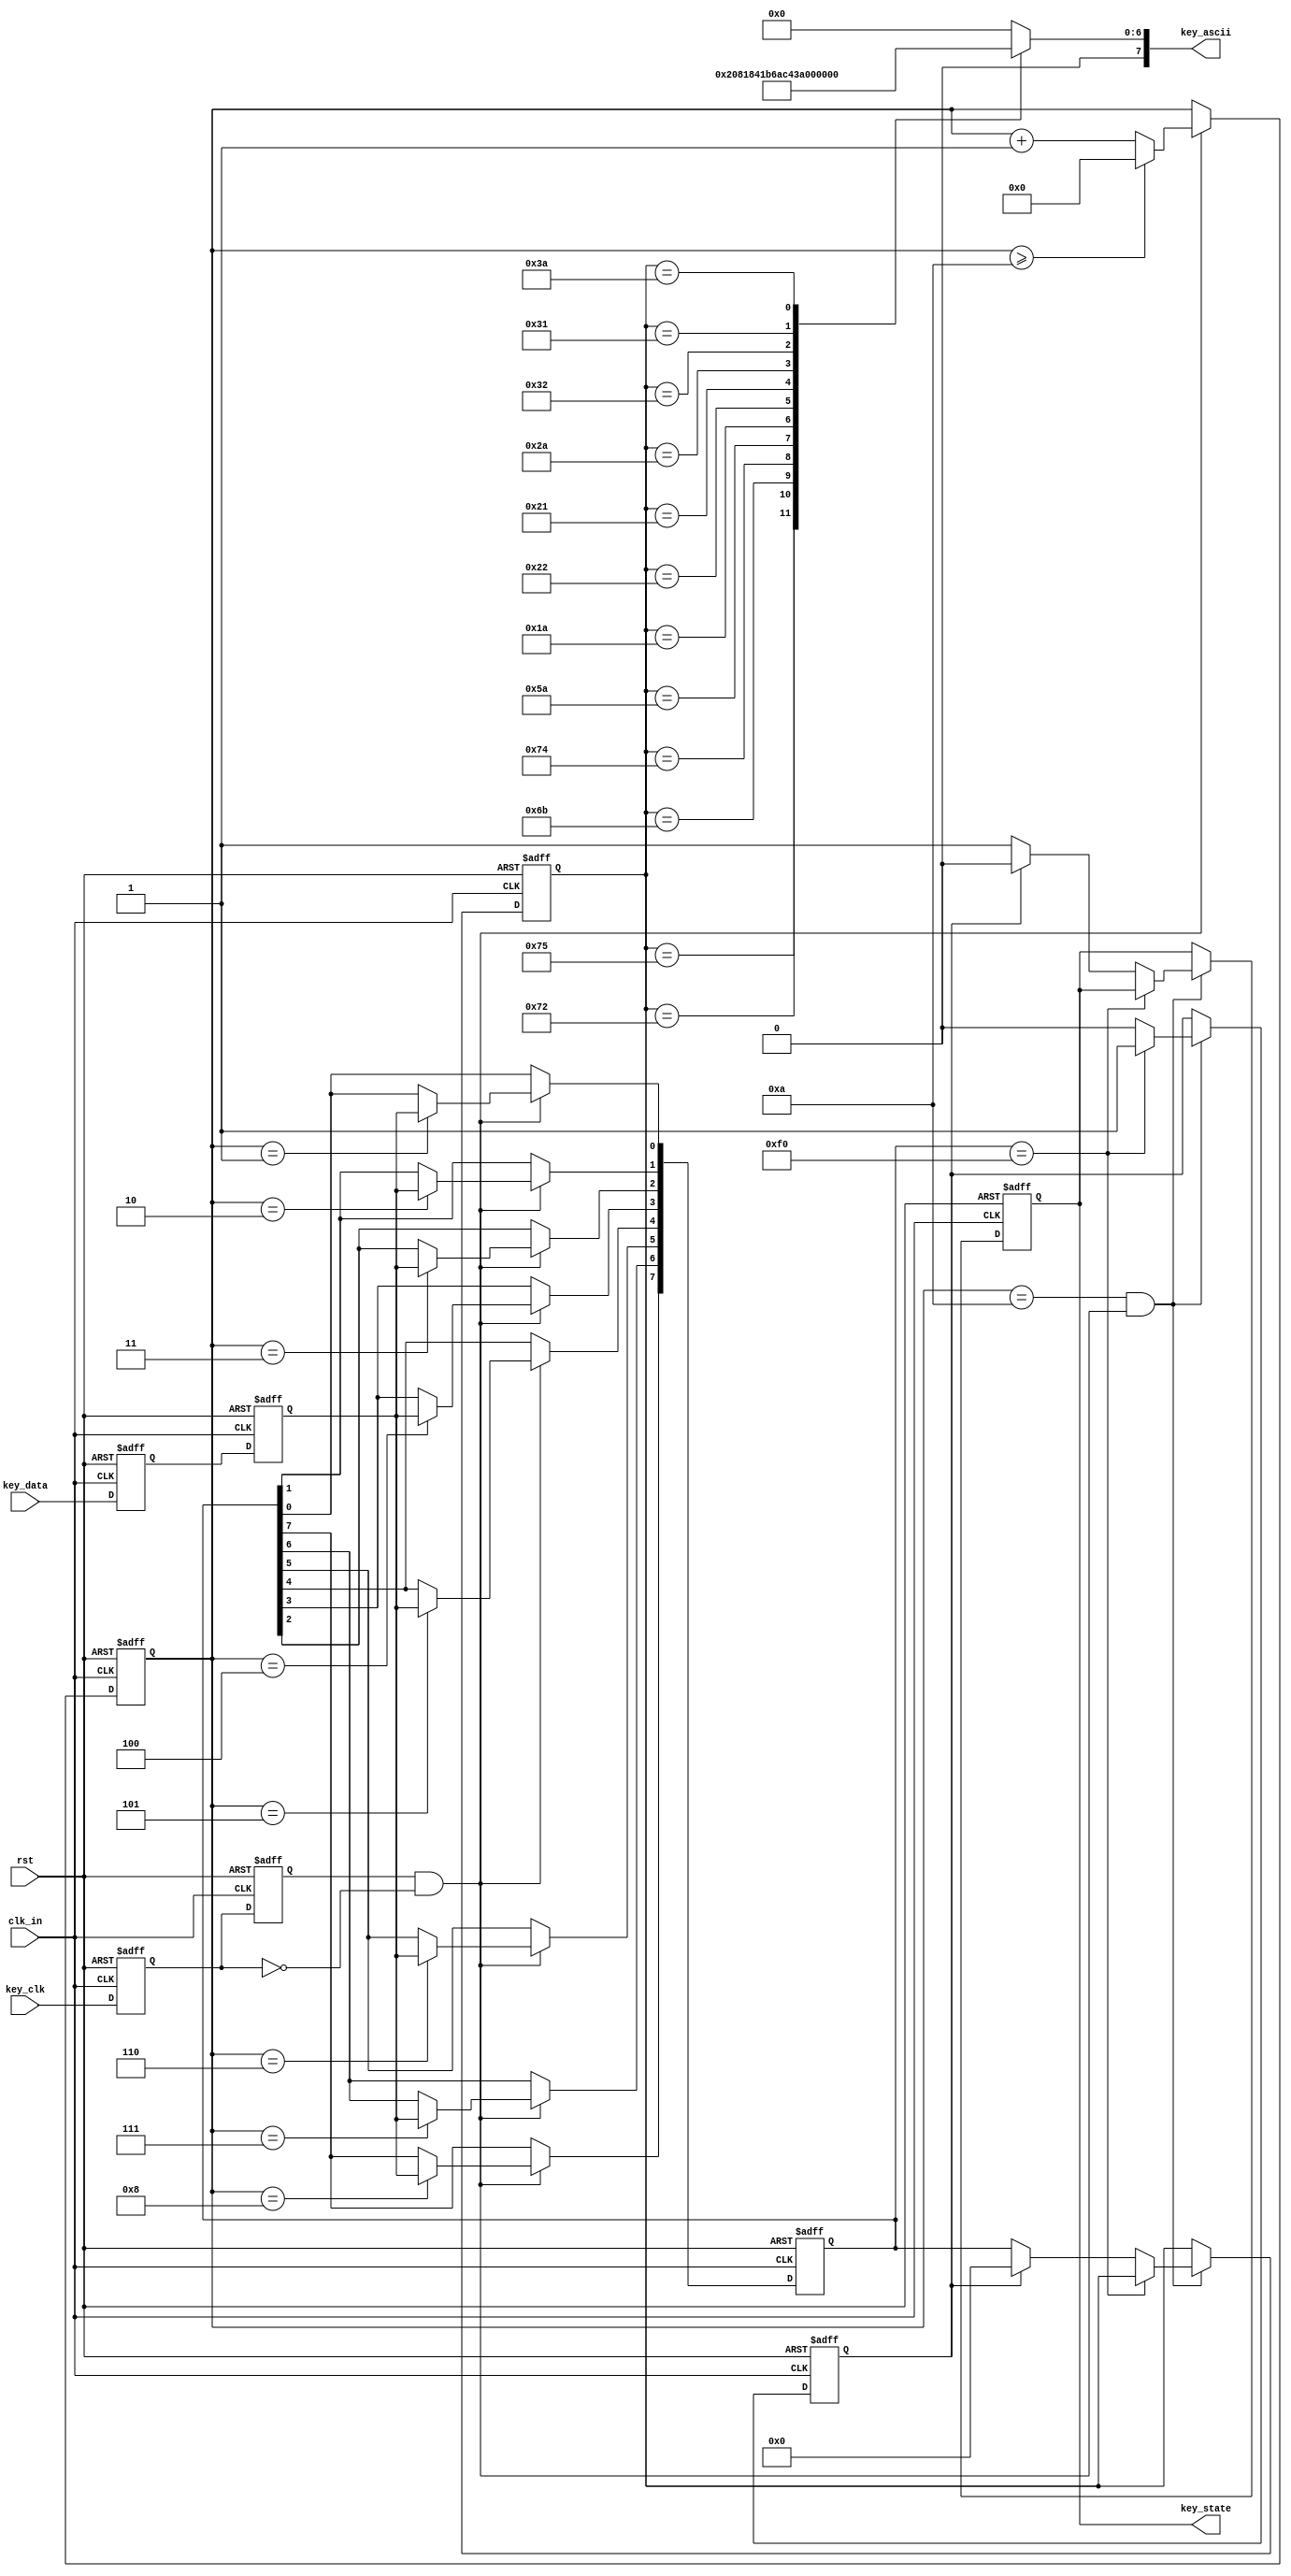
`timescale 1ns / 1ps



module keyboard//ASCII
(
input					clk_in,				//
input					rst,			//
input					key_clk,			//PS2
input					key_data,			//PS2
output	reg				key_state,			//10
output	reg		[7:0]	key_ascii			//ASCII
);

reg		key_clk_r0 = 1'b1,key_clk_r1 = 1'b1; 
reg		key_data_r0 = 1'b1,key_data_r1 = 1'b1;
//
always @ (posedge clk_in or negedge rst) begin
	if(!rst) begin
		key_clk_r0 <= 1'b1;
		key_clk_r1 <= 1'b1;
		key_data_r0 <= 1'b1;
		key_data_r1 <= 1'b1;
	end else begin
		key_clk_r0 <= key_clk;
		key_clk_r1 <= key_clk_r0;
		key_data_r0 <= key_data;
		key_data_r1 <= key_data_r0;
	end
end
 
//
wire	key_clk_neg = key_clk_r1 & (~key_clk_r0); 
 
reg				[3:0]	cnt; 
reg				[7:0]	temp_data;
//
always @ (posedge clk_in or negedge rst) begin
	if(!rst) begin
		cnt <= 4'd0;
		temp_data <= 8'd0;
	end else if(key_clk_neg) begin 
		if(cnt >= 4'd10) cnt <= 4'd0;
		else cnt <= cnt + 1'b1;
		case (cnt)
			4'd0: ;	//
			4'd1: temp_data[0] <= key_data_r1;  //bit0
			4'd2: temp_data[1] <= key_data_r1;  //bit1
			4'd3: temp_data[2] <= key_data_r1;  //bit2
			4'd4: temp_data[3] <= key_data_r1;  //bit3
			4'd5: temp_data[4] <= key_data_r1;  //bit4
			4'd6: temp_data[5] <= key_data_r1;  //bit5
			4'd7: temp_data[6] <= key_data_r1;  //bit6
			4'd8: temp_data[7] <= key_data_r1;  //bit7
			4'd9: ;	//
			4'd10:;	//
			default: ;
		endcase
	end
end
 
reg						key_break = 1'b0;   
reg				[7:0]	key_byte = 1'b0;
//
always @ (posedge clk_in or negedge rst) begin 
	if(!rst) begin
		key_break <= 1'b0;
		key_state <= 1'b0;
		key_byte <= 1'b0;
	end else if(cnt==4'd10 && key_clk_neg) begin 
		if(temp_data == 8'hf0) key_break <= 1'b1;	//8'hf01
		else if(!key_break) begin 	//01
			key_state <= 1'b1;
			key_byte <= temp_data; 
		end else begin	//10
			key_state <= 1'b0;
			key_break <= 1'b0;
			key_byte<=0;
		end
	end
end
 
//ASCII
always @ (key_byte) begin
	case (key_byte)    //translate key_byte to key_ascii
		8'h75: key_ascii <= 8'd1;//
		8'h72: key_ascii <= 8'd2;//
		8'h6b: key_ascii <= 8'd3;//
		8'h74: key_ascii <= 8'd4;//
		8'h5a: key_ascii <= 8'd13;   //
		8'h1a: key_ascii <= 8'h5a;   //Z
		8'h22: key_ascii <= 8'h58;   //X
		8'h21: key_ascii <= 8'h43;   //C
		8'h2a: key_ascii <= 8'h56;   //V
		8'h32: key_ascii <= 8'h42;   //B
		8'h31: key_ascii <= 8'h4e;   //N
		8'h3a: key_ascii <= 8'h4d;   //M
		default: key_ascii=0;		//nothing
	endcase
end
 
endmodule